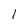
Character: 1